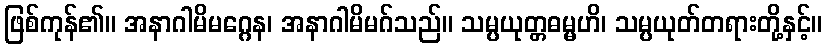
ဖြစ်ကုန်၏။ အနာဂါမိမဂ္ဂေန၊ အနာဂါမိမဂ်သည်။ သမ္ပယုတ္တဓမ္မဟိ၊ သမ္ပယုတ်တရားတို့နှင့်။